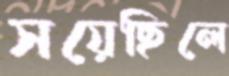
সয়েছিলে